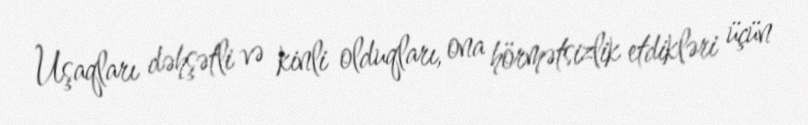
Uşaqları dəhşətli və kinli olduqları, ona hörmətsizlik etdikləri üçün